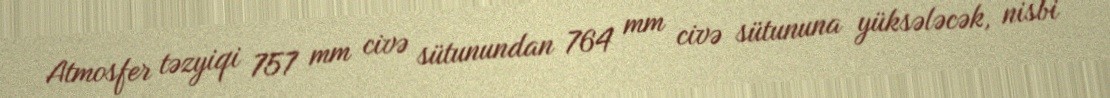
Atmosfer təzyiqi 757 mm civə sütunundan 764 mm civə sütununa yüksələcək, nisbi